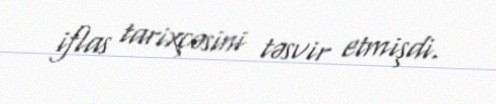
iflas tarixçəsini təsvir etmişdi.